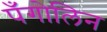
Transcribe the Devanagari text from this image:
पँगोलिन